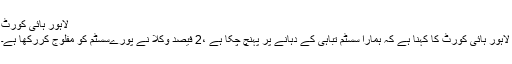
لاہور ہائی کورٹ
لاہور ہائی کورٹ کا کہنا ہے کہ ہمارا سسٹم تباہی کے دہانے پر پہنچ چکا ہے ،2 فیصد وکلا نے پورےسسٹم کو مفلوج کررکھا ہے۔